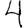
Digit: 4